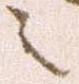
之